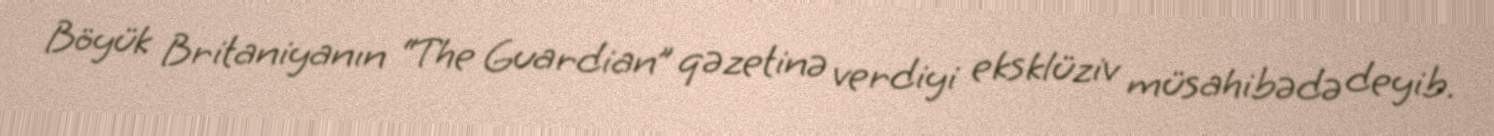
Böyük Britaniyanın “The Guardian” qəzetinə verdiyi eksklüziv müsahibədə deyib.